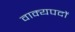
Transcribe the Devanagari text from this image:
वाक्यपदों